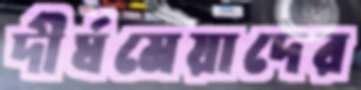
দীর্ঘমেয়াদের